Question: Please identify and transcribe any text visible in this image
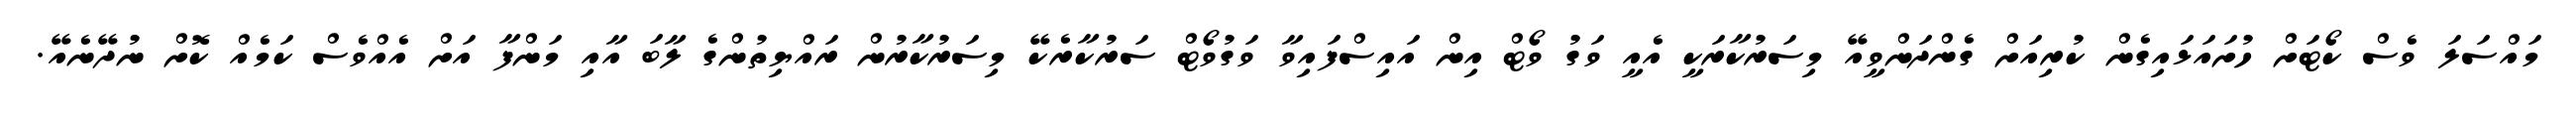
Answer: މައްސަލަ ވެސް ކޯޓަށް ހުށައަޅައިގެން ކުރިއަށް ގެންދަންވީއޭ މިސަރުކާރަކީ އެއީ ވަގު ވޯޓް އިން އައިސްފައިވާ ވަގުވޯޓް ސަރުކާރެކޭ މިސަރުކާރުން ރައްޔިތުންގެ ލާބަ އާއި މަންފާ އަށް އެއްވެސް ކަމެއް ކޮށް ނުދޭނެއޭ.